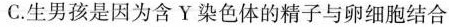
C.生男孩是因为含Y染色体的精子与卵细胞结合